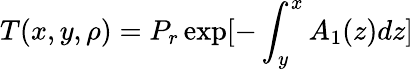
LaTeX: T(x,y,\rho)=P_{r}\exp[-\int_{y}^{x}A_{1}(z)dz]